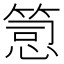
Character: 𥯱